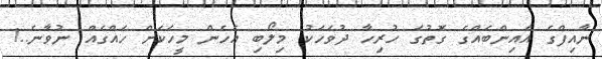
ނާއިފްގެ އައިންބެއްގެ ގޮތުގަ ހުރިހާ ދުވަހަކު މިލޯބި އެހެން މީހަކަށް ހައްގެއް ނުވާނެ..!